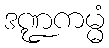
ဒဏ္ဍကမ္မံ